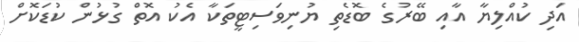
އަދި ކުއްލިޔާ އާއި ބޭރުގެ ބޮޑެތި ޔުނިވަސިޓީތަކާ އެކު އޮތް ގުޅުން ކުޑަކޮށް